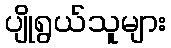
ပျိုရွယ်သူများ